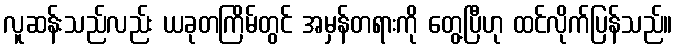
လူဆန်းသည်လည်း ယခုတကြိမ်တွင် အမှန်တရားကို တွေ့ပြီဟု ထင်လိုက်ပြန်သည်။